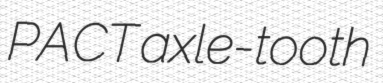
PACT axle-tooth